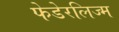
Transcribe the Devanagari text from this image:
फेडेरलिज्म